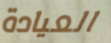
العيادة